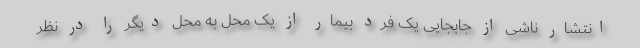
انتشار ناشی از جابجایی یک فرد بیمار از یک محل به محل دیگر را در نظر